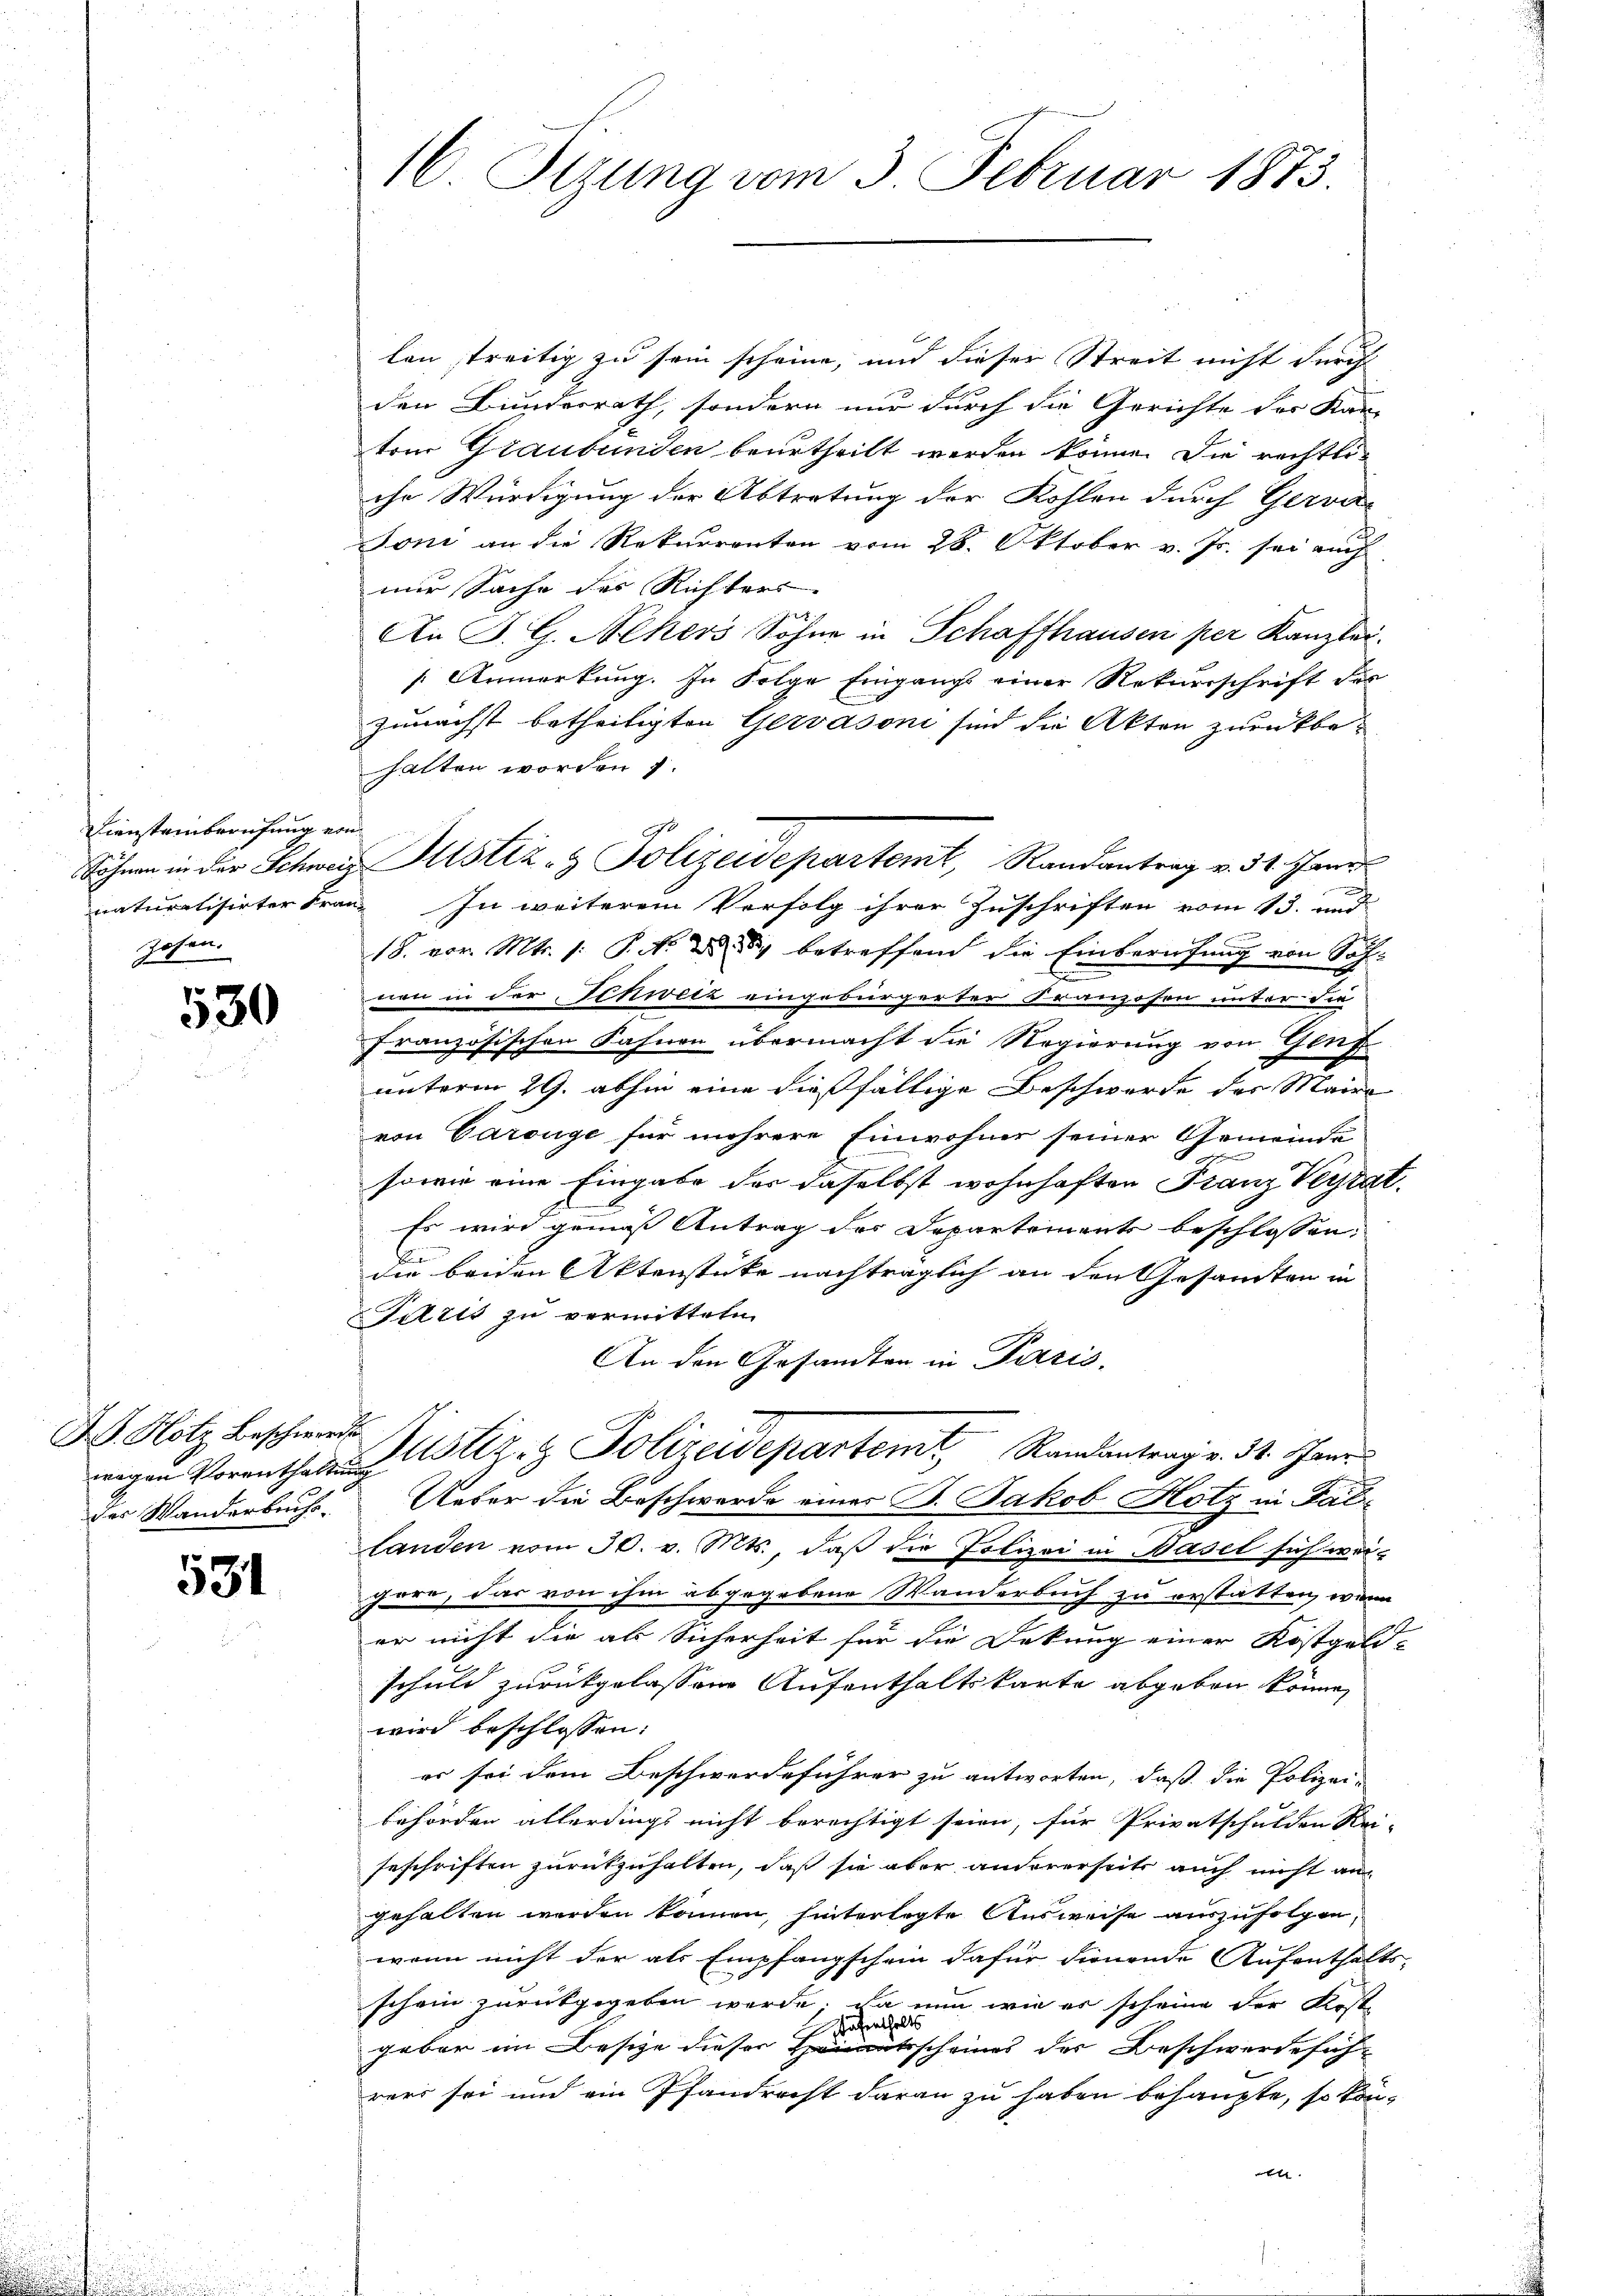
Diensteinberufung von
zosen.

530

wegen Vorenthaltung
des Wanderbuchs-

531

16. Stzung vom 3. Februar 1873.

len streitig zu sein scheine, und dieser Streit nicht durch
den Bundesrath, sondern nur durch die Gerichte der Kan-
tem Graubünden beurtheilt werden könne. Die rechtliche Würdigung der Abtretung der Kohlen durch Gerva-
Toni an die Rekurrenten vom 28. Oktober v. Js. sei auch
nur Sache des Richters
An P. G. Nekers Sohne in Schaffhausen per Kanzlei.
Anmerkung. In Folge Eingangs einer Rekursschrift der
zunächst betheiligten Gervasoni sind die Akten zurückbehalten worden 7.
naturalisirter Frau. In weiterem Verfolg ihrer Zuschriften vom 13. und
18. vor. Mts. 1. P. M. D. 8, betreffend die Einberufung von Sohnen in der Schweiz eingebürgerter Franzosen unter die
französischen Fahnen übermacht die Regierung von Genf
g
unterm 29. abhin eine dießfällige Beschwerde der Maire
von Carouge für mehrere Einwohner seiner Gemeinde
n
sowie eine Eingabe der daselbst wohnhaften Franz Veyrat
Es wird gemäß Antrag des Departements beschlossen:
E
die beiden Aktenstücke nachträglich an den Gesamten in
Fitzis zu vermittelm
An den Gesandten in Paris.
D. Hotz beschwer Justiz- & Polizeidepartent Randantrag v. 31. Janu
Ueber die Beschwerde einer B. Jakob Hotz in Fal-
landen vom 30. v. Mts., daß die Polizei in Basel sich weigare, das von ihm abgegebene Wanderbuch zu erstatten, wenn
er nicht die als Sicherheit für die Dekung einer Kostgeld
schuld zurückgelassene Aufenthaltskante abgeben könne,
wird beschlossen:
er sei dem Beschwerdeführer zu antworten, daß die Polizei-
behörden allerdings nicht berechtigt seien, für Privatschulden Rei-
seschriften zurückzuhalten, daß sie aber andererseits auch nicht an
gehalten werden können, hinterlegte Ausweise auszufolgen,
wenn nicht der als Empfangschein dafür dienende Aufenthalts-
schein zurückgegeben werde; da nun wie er scheine der Krste
ahenthalts
geber im Besitze dieser Leitsscheines der Beschwerde sicht
rers sei und ein Pfandrecht daran zu haben behaupte, so kön¬

Söhnen in der Schweiz Sistiz- & Polizeidepartemt, Randantrag v. 31. Janu